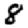
Digit: 8